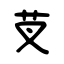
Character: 芆